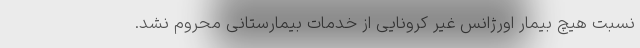
نسبت هیچ بیمار اورژانس غیر کرونایی از خدمات بیمارستانی محروم نشد.